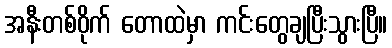
အနီးတစ်ဝိုက် တောထဲမှာ ကင်းတွေချပြီးသွားပြီ။